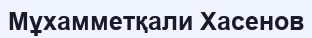
Мұхамметқали Хасенов